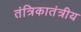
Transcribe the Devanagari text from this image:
तंत्रिकातंत्रीय